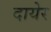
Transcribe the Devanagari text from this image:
दायेर